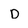
Character: D